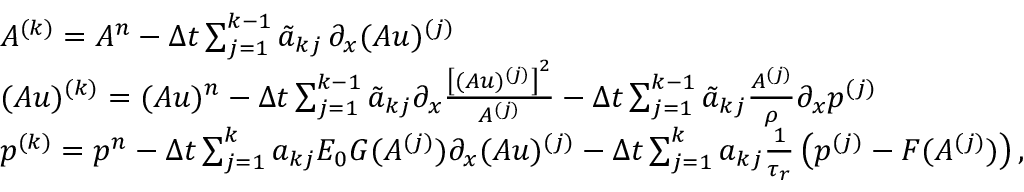
\begin{array} { r l } & { A ^ { ( k ) } = A ^ { n } - \Delta t \sum _ { j = 1 } ^ { k - 1 } \tilde { a } _ { k j } \, \partial _ { x } ( A u ) ^ { ( j ) } } \\ & { ( A u ) ^ { ( k ) } = ( A u ) ^ { n } - \Delta t \sum _ { j = 1 } ^ { k - 1 } \tilde { a } _ { k j } \partial _ { x } \frac { \left[ ( A u ) ^ { ( j ) } \right] ^ { 2 } } { A ^ { ( j ) } } - \Delta t \sum _ { j = 1 } ^ { k - 1 } \tilde { a } _ { k j } \frac { A ^ { ( j ) } } { \rho } \partial _ { x } p ^ { ( j ) } } \\ & { p ^ { ( k ) } = p ^ { n } - \Delta t \sum _ { j = 1 } ^ { k } a _ { k j } E _ { 0 } G ( A ^ { ( j ) } ) \partial _ { x } ( A u ) ^ { ( j ) } - \Delta t \sum _ { j = 1 } ^ { k } a _ { k j } \frac { 1 } { \tau _ { r } } \left( p ^ { ( j ) } - F ( A ^ { ( j ) } ) \right) , } \end{array}